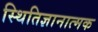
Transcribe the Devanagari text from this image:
स्थितिज्ञानात्मक